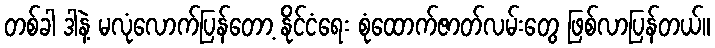
တစ်ခါ ဒါနဲ့ မလုံလောက်ပြန်တော့ နိုင်ငံရေး စုံထောက်ဇာတ်လမ်းတွေ ဖြစ်လာပြန်တယ်။